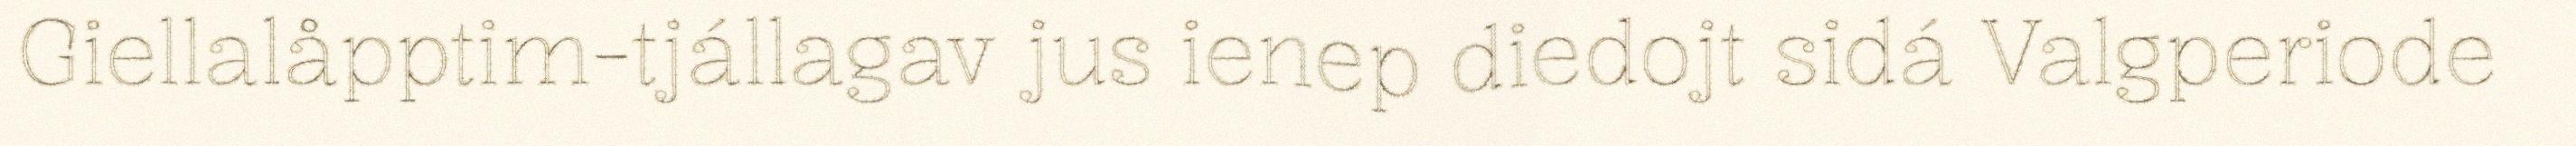
Giellalåpptim-tjállagav jus ienep diedojt sidá Valgperiode